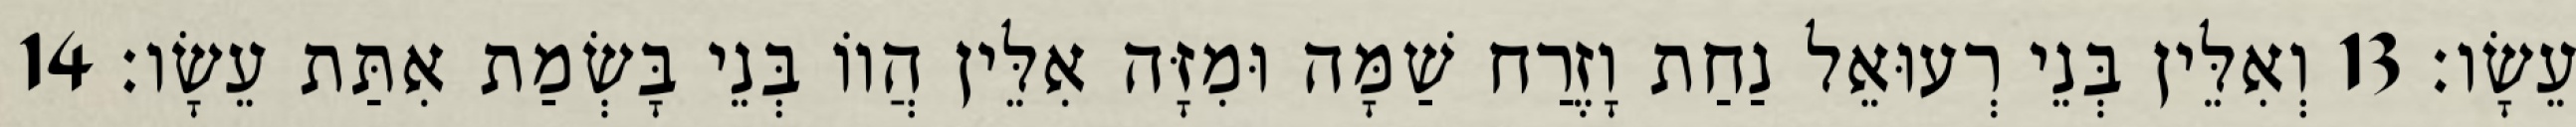
עֵשָׂו׃ 13 וְאִלֵּין בְּנֵי רְעוּאֵל נַחַת וָזֶרַח שַׁמָּה וּמִזָּה אִלֵּין הֲווֹ בְּנֵי בָּשְׂמַת אִתַּת עֵשָׂו׃ 14